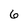
Character: 6